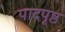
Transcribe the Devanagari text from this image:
पादपृष्ठ